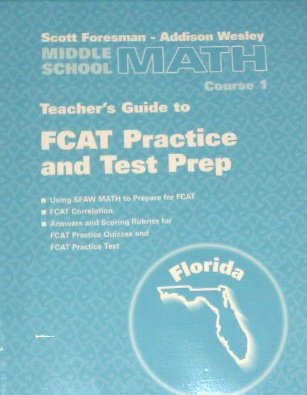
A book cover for SFAW FCAT Practice and Test Prep Teacher's Guide (Middle School Math Course 1, Grade 6); Scott Foresman; Test Preparation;